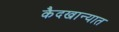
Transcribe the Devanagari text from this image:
कैदखान्यात